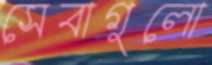
সেবাগুলো